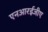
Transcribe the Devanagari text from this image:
एनआरईजीए